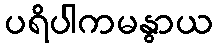
ပရိပါကမနွာယ